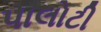
પાલોટી